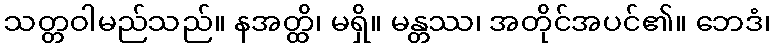
သတ္တဝါမည်သည်။ နအတ္ထိ၊ မရှိ။ မန္တဿ၊ အတိုင်အပင်၏။ ဘေဒံ၊